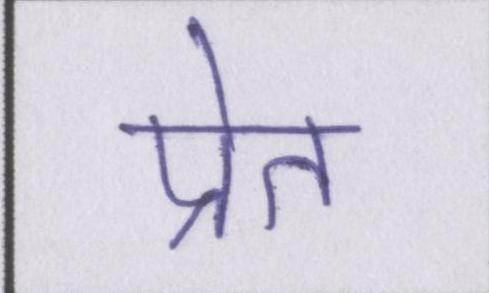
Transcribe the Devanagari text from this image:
प्रेत